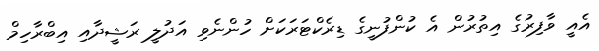
އެއީ ވާފިރުގެ އިތުރުން އެ ކުންފުނީގެ ޑިރެކްޓަރަކަށް ހުންނެވި އަދުލީ ރަޝީދާއި އިބްރާހިމް